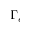
\Gamma _ { e }